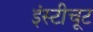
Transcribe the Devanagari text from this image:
इंस्टीचूट